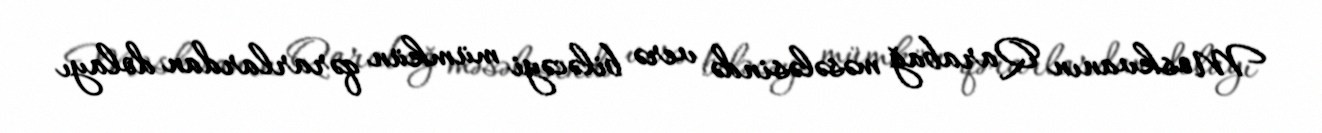
Moskvanın Qarabağ məsələsində verə biləcəyi mümkün qərarlardan dolayı